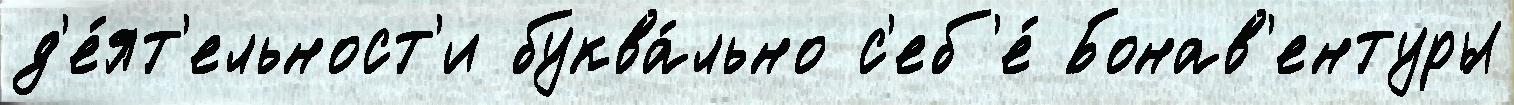
д'е́ят'ельност'и буква́льно с'еб'е́ Бонав'ентуры